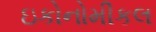
ઇકોનોમીકલ